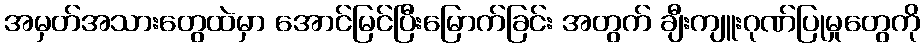
အမှတ်အသားတွေထဲမှာ အောင်မြင်ပြီးမြောက်ခြင်း အတွက် ချီးကျူးဂုဏ်ပြုမှုတွေကို